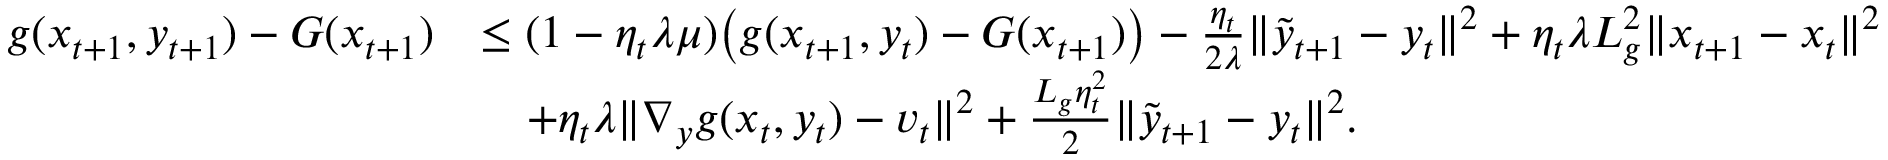
\begin{array} { r l } { g ( x _ { t + 1 } , y _ { t + 1 } ) - G ( x _ { t + 1 } ) } & { \leq ( 1 - \eta _ { t } \lambda \mu ) \big ( g ( x _ { t + 1 } , y _ { t } ) - G ( x _ { t + 1 } ) \big ) - \frac { \eta _ { t } } { 2 \lambda } \| \tilde { y } _ { t + 1 } - y _ { t } \| ^ { 2 } + \eta _ { t } \lambda L _ { g } ^ { 2 } \| x _ { t + 1 } - x _ { t } \| ^ { 2 } } \\ & { \quad + \eta _ { t } \lambda \| \nabla _ { y } g ( x _ { t } , y _ { t } ) - v _ { t } \| ^ { 2 } + \frac { L _ { g } \eta _ { t } ^ { 2 } } { 2 } \| \tilde { y } _ { t + 1 } - y _ { t } \| ^ { 2 } . } \end{array}